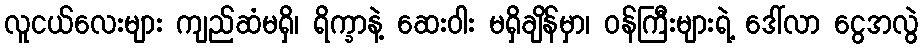
လူငယ်လေးများ ကျည်ဆံမရှိ၊ ရိက္ခာနဲ့ ဆေးဝါး မရှိချိန်မှာ၊ ဝန်ကြီးများရဲ့ ဒေါ်လာ ငွေအလွဲ